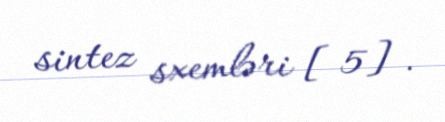
sintez sxemləri [5].